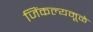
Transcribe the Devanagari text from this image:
जिंकल्यमूळे